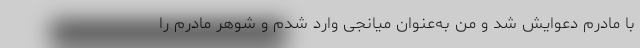
با مادرم دعوایش شد و من به‌عنوان ‌میانجی وارد شدم و شوهر مادرم را